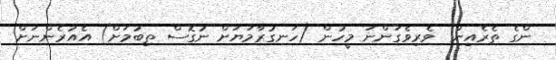
ންގެ ތެރެއިން  ވެރިވެގަންނަ މީހުން (ހަނގުރާމަޔަށް ނުގޮސް ތިބުމަށް) އެއުރެންނަށް